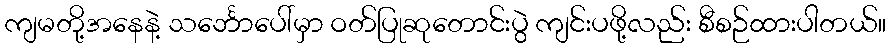
ကျမတို့အနေနဲ့ သင်္ဘောပေါ်မှာ ဝတ်ပြုဆုတောင်းပွဲ ကျင်းပဖို့လည်း စီစဉ်ထားပါတယ်။